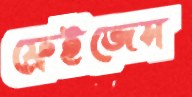
ফ্রেইজেস